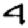
Digit: 4